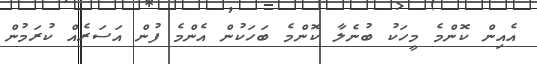
އެއިން ކޮންމެ މީހަކު ބުނެލާ ކޮންމެ ބަހަކުން އެންމެ ފުން އަސަރެއް ކުރަމުން